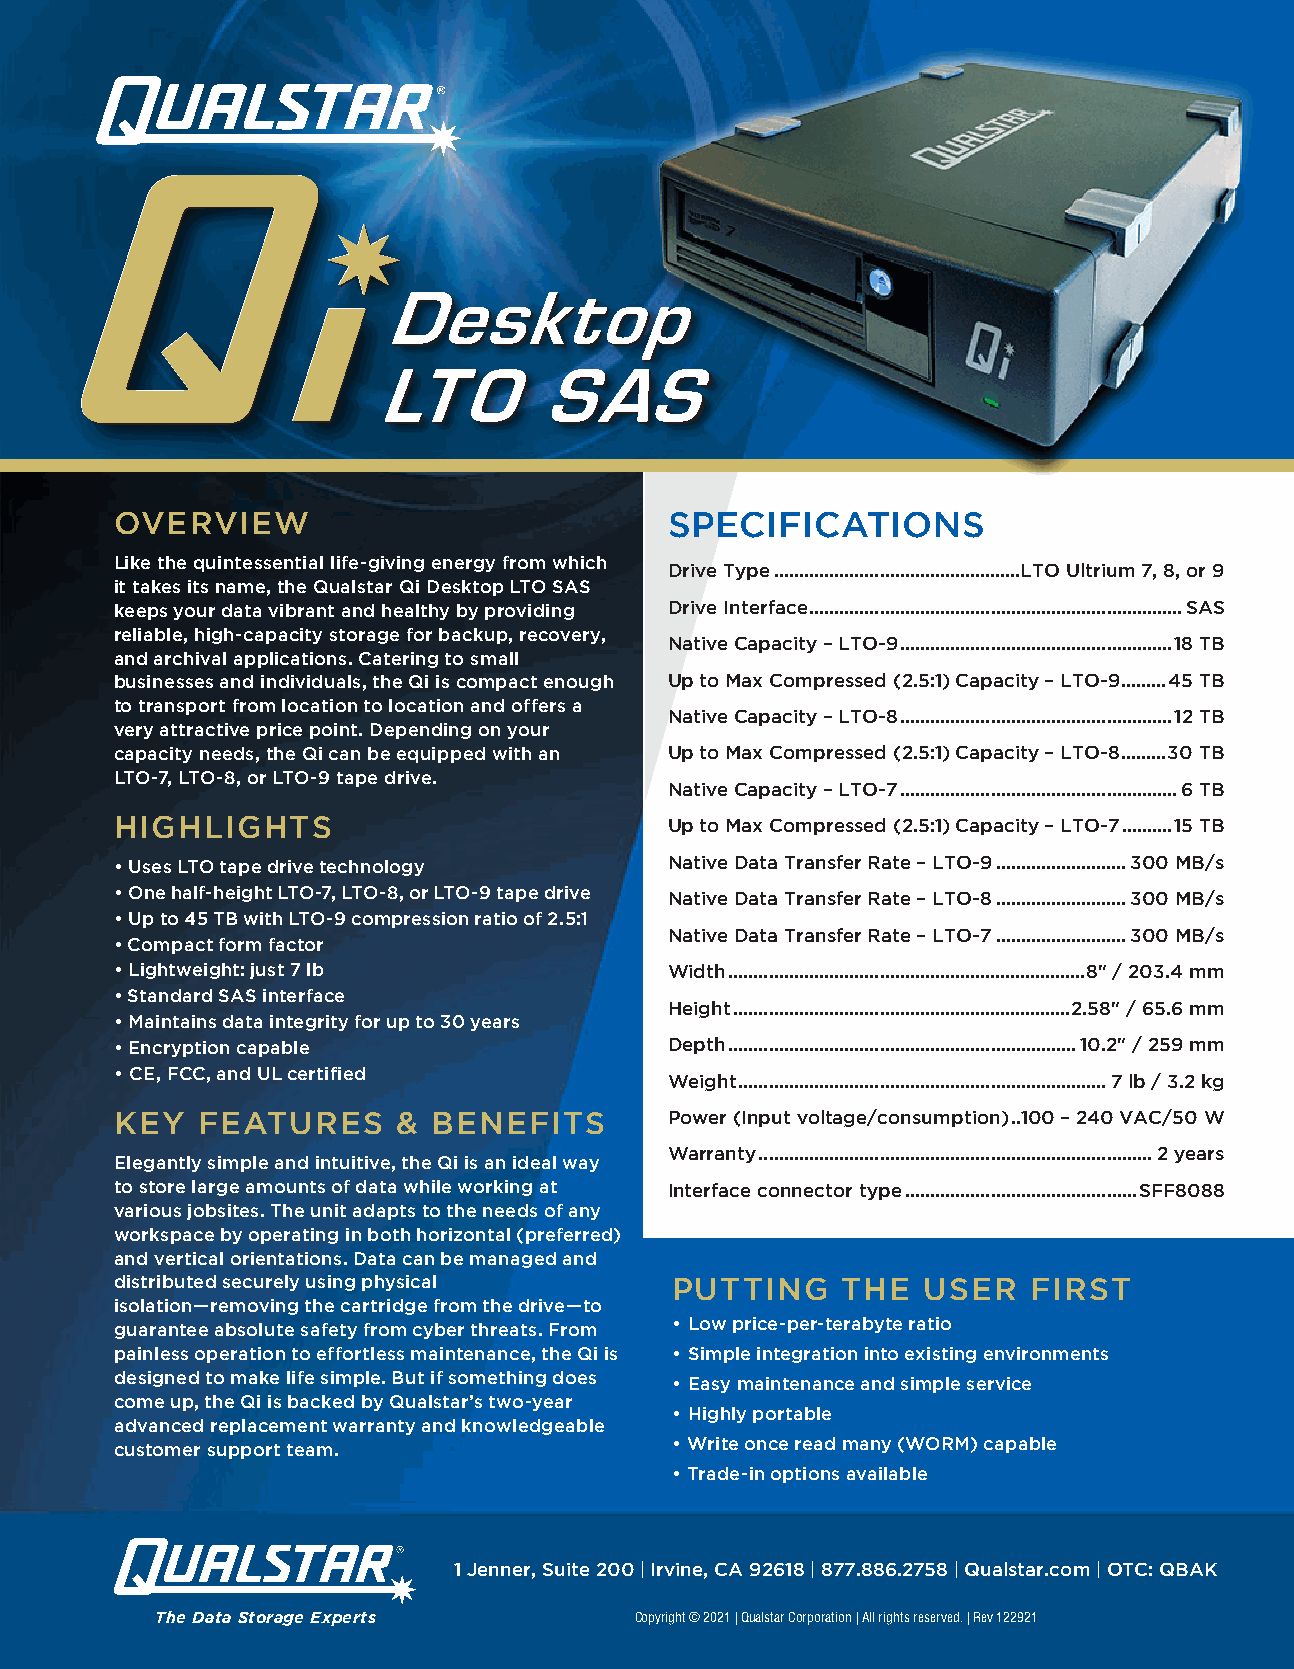
DDeesskkttoopp
 LLTTOO     SSAASS
 OVERVIEW                            SPECIFICATIONS
 Like the quintessential life-giving energy from which
 Drive Type.................................................LTO Ultrium 7, 8, or 9
 it takes its name, the Qualstar Qi Desktop LTO SAS
 keeps your data vibrant and healthy by providing Drive Interface..........................................................................SAS
 reliable, high-capacity storage for backup, recovery,
 Native Capacity – LTO-9......................................................18 TB
 and archival applications. Catering to small
 businesses and individuals, the Qi is compact enough Up to Max Compressed (2.5:1) Capacity – LTO-9.........45 TB
 to transport from location to location and offers a
 Native Capacity – LTO-8......................................................12 TB
 very attractive price point. Depending on your
 capacity needs, the Qi can be equipped with an Up to Max Compressed (2.5:1) Capacity – LTO-8.........30 TB
 LTO-7, LTO-8, or LTO-9 tape drive.
 Native Capacity – LTO-7.......................................................6 TB
 HIGHLIGHTS                          Up to Max Compressed (2.5:1) Capacity – LTO-7..........15 TB
 • Uses LTO tape drive technology    Native Data Transfer Rate – LTO-9..........................300 MB/s
 • One half-height LTO-7, LTO-8, or LTO-9 tape drive Native Data Transfer Rate – LTO-8..........................300 MB/s
 • Up to 45 TB with LTO-9 compression ratio of 2.5:1
 Native Data Transfer Rate – LTO-7..........................300 MB/s
 • Compact form factor
 • Lightweight: just 7 lb            Width.......................................................................8" / 203.4 mm
 • Standard SAS interface
 Height...................................................................2.58" / 65.6 mm
 • Maintains data integrity for up to 30 years
 • Encryption capable                Depth.....................................................................10.2" / 259 mm
 • CE, FCC, and UL certified
 Weight.........................................................................7 lb / 3.2 kg
 KEY  FEATURES     &  BENEFITS       Power (Input voltage/consumption)..100 – 240 VAC/50 W
 Warranty..............................................................................2 years
 Elegantly simple and intuitive, the Qi is an ideal way
 to store large amounts of data while working at Interface connector type..............................................SFF8088
 various jobsites. The unit adapts to the needs of any
 workspace by operating in both horizontal (preferred)
 and vertical orientations. Data can be managed and
 distributed securely using physical PUTTING     THE  USER   FIRST
 isolation—removing the cartridge from the drive—to
 • Low price-per-terabyte ratio
 guarantee absolute safety from cyber threats. From
 painless operation to effortless maintenance, the Qi is • Simple integration into existing environments
 designed to make life simple. But if something does • Easy maintenance and simple service
 come up, the Qi is backed by Qualstar’s two-year
 • Highly portable
 advanced replacement warranty and knowledgeable
 customer support team.              • Write once read many (WORM) capable
 • Trade-in options available
 1 Jenner, Suite 200 | Irvine, CA 92618 | 877.886.2758 | Qualstar.com | OTC: QBAK
 The Data Storage Experts        Copyright © 2021 | Qualstar Corporation | All rights reserved. | Rev 122921